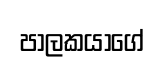
පාලකයාගේ